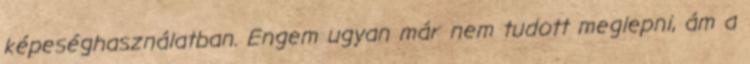
képeséghasználatban. Engem ugyan már nem tudott meglepni, ám a